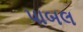
પાબલ